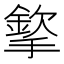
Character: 𢵡